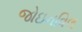
જોઇનવિલ